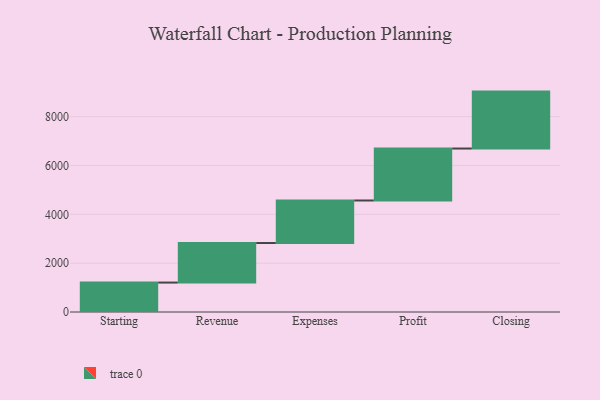
{"axis": {"x": "Step", "y": "Value"}, "legend": [""], "data": [{"x": "Starting", "y": 1205.0, "type": ""}, {"x": "Revenue", "y": 1619.0, "type": ""}, {"x": "Expenses", "y": 1742.0, "type": ""}, {"x": "Profit", "y": 2128.0, "type": ""}, {"x": "Closing", "y": 2331.0, "type": ""}]}